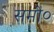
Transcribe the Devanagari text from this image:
समी०